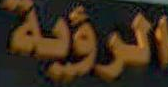
الرؤية